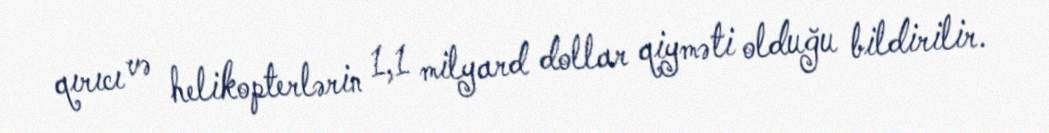
qırıcı və helikopterlərin 1,1 milyard dollar qiyməti olduğu bildirilir.